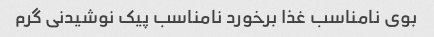
بوی نامناسب غذا برخورد نامناسب پیک نوشیدنی گرم